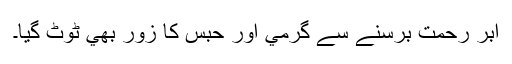
ابر رحمت برسنے سے گرمي اور حبس کا زور بھي ٹوٹ گيا۔